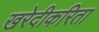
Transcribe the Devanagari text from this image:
खरेदीकरिता